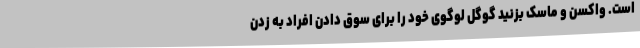
است. واکسن و ماسک بزنید گوگل لوگوی خود را برای سوق دادن افراد به زدن